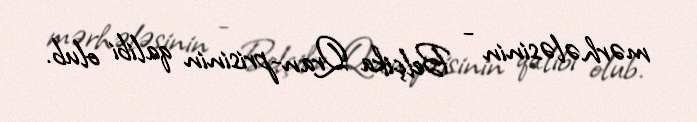
mərhələsinin - Belçika Qran-prisinin qalibi olub.